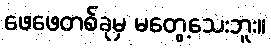
ဖေဖေတစ်ခုမှ မတွေ့သေးဘူး။